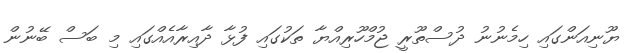
ޔޫނިއަންގައި ހިމެނުނު ދުސްތޫރީ ޖުމްހޫރިއްޔާ ތަކުގައި ފުޅާ ދާއިރާއެއްގައި މި ބަސް ބޭނުން